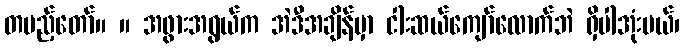
တပည့်တော်။ ။ အဖွားအရွယ်က အဲဒီအချိန်မှာ ငါးဆယ်ကျော်လောက်ဘဲ ရှိပါအုံးမယ်၊